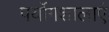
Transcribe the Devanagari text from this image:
पर्योगशालाएं